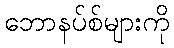
ဘောနပ်စ်များကို